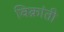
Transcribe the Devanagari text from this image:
विक्रांती